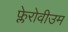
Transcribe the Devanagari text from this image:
फ्लेरोवीउम